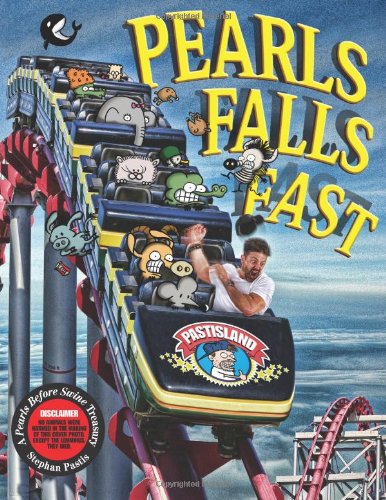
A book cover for Pearls Falls Fast: A Pearls Before Swine Treasury; Stephan Pastis; Comics & Graphic Novels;